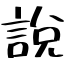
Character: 說